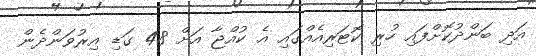
އަދި ބަންދުކޮށްފައި ހުރި ކޮޓަރިއެއްގައި އެ ކުއްޖާ އަށް 48 ގަޑި އިރުވަންދެން